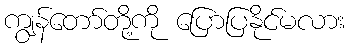
ကျွန်တော်တို့ကို ပြောပြနိုင်မလား